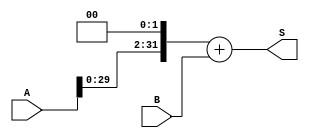
module pcbranch(
    input [31:0] A,B,
    output reg [31:0] S
);

reg [31:0] Ax4;

always @(*) begin
    Ax4 = A<<2;
    S= Ax4+B;
end
endmodule